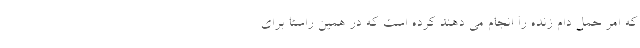
که امر حمل دام زنده را انجام می دهند کرده است که در همین راستا برای